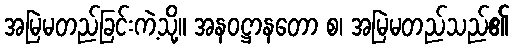
အမြဲမတည်ခြင်းကဲ့သို့။ အနဝဋ္ဌာနတော စ၊ အမြဲမတည်သည်၏